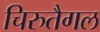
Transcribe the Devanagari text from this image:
चिरुतैगल